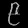
Digit: ၉